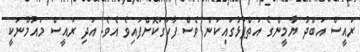
ރައީސް އަބްދު ޔާމީންގެ އަތްޕުޅުގައިކަން ވެސް ފާހަގަކޮށްފައިވެ އެވެ. އަދި ރައީސް މައުމޫނަކީ